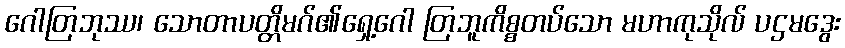
ဂေါတြဘုဿ၊ သောတာပတ္တိမဂ်၏ရှေ့ဂေါ တြဘူကိစ္စတပ်သော မဟာကုသိုလ် ပဌမဒွေး